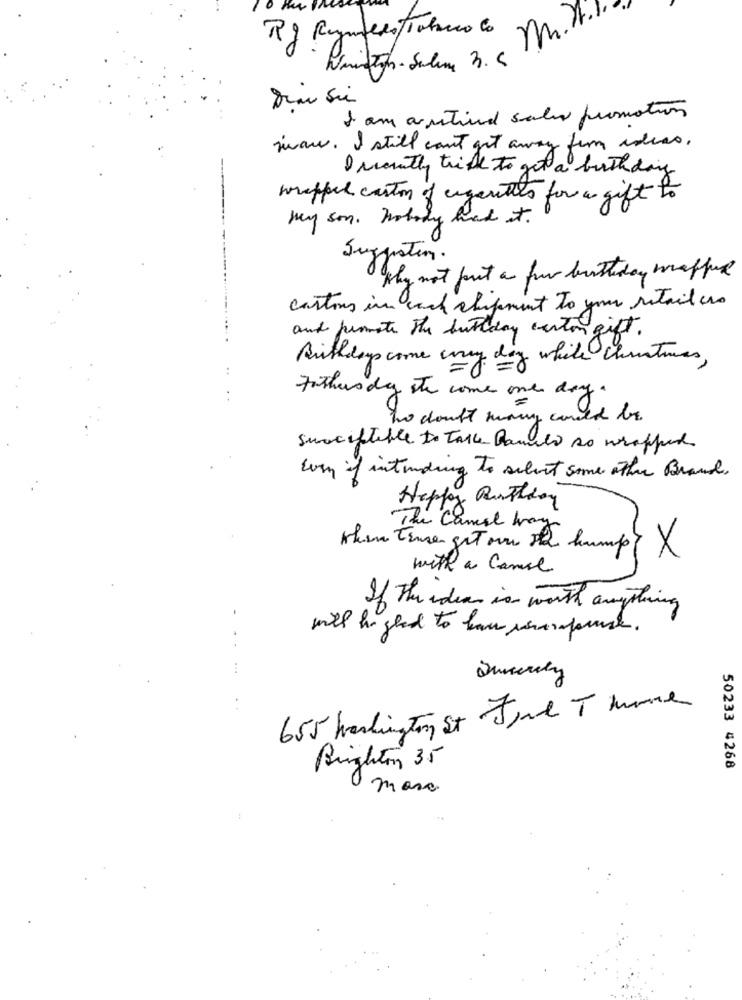
Rg Reymedo Tobacco lo
I am austind sales promotion
viau . I still can't get away from ideas.
D month trick to get a birth days
wrapped carton of urgentes for a gift to
muy son. nobody had it.
Supporting.
why not put a few birthday waffure
cartons in each shipment To your retail urs
and promote the butlday carton gift.
Birthday come muy
may day white christmas ,
..
. .
Father dy ste come one day
no doubt many could be
Susceptible to tale Banulo so wrapped
Even if intending to select some other Brand.
Happy Ruthday
The Cancel way
when Tener get ou 12 hump? X
with a Came
-
If the idea is worth anything
will be glad to have usarpause .
655 Washington St Jord T mone
Brighton 35
50233 4268
mora
: